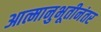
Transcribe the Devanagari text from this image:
आत्मानुभूतीनंतर